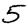
Digit: 5